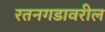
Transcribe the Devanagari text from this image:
रतनगडावरील